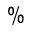
\%